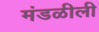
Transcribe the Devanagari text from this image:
मंडळीली